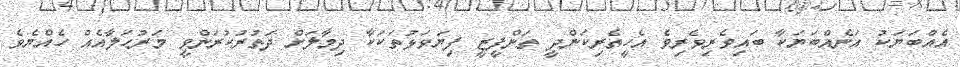
އެއްބަޔަކު އަނެއްބަޔަކާ ބައިވެރިވެރިވެ އެހީތެރިކަންދީ ތަންފީޒީ ފިޔަވަޅުތަކަކާ ދިމާލަށް ދަތުރުކުރަންވީ މަރުޙަލާއެއް ހެއްޔެވެ